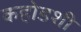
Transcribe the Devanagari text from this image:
कहोडशी